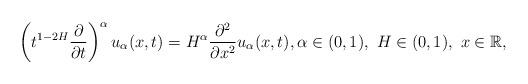
LaTeX: \begin{align*}\left(t^{1-2H}\frac{\partial}{\partial t}\right)^{\alpha}u_{\alpha}(x,t)=H^{\alpha}\frac{\partial^2}{\partial x^2}u_{\alpha}(x,t),\alpha\in(0,1), \ H\in (0,1), \ x \in \mathbb{R},\end{align*}